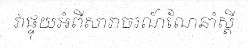
វាផ្ទុយអំពីសារាចរណ៍ណែនាំស្តី